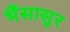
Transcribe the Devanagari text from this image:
भैंसासुर